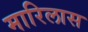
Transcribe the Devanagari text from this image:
मारिलास